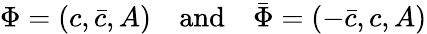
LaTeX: \Phi=(c,\bar{c},A)\quad\mathrm{and}\quad\bar{\Phi}=(-\bar{c},c,A)